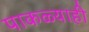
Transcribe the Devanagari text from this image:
पाकळ्याही